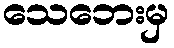
သေဘေးမှ